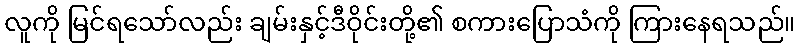
လူကို မြင်ရသော်လည်း ချမ်းနှင့်ဒီဝိုင်းတို့၏ စကားပြောသံကို ကြားနေရသည်။